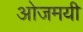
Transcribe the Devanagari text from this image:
ओजमयी